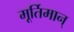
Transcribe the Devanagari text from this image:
मूर्तिमान्‌